Annual report on the lock hospitals of the Madras Presidency
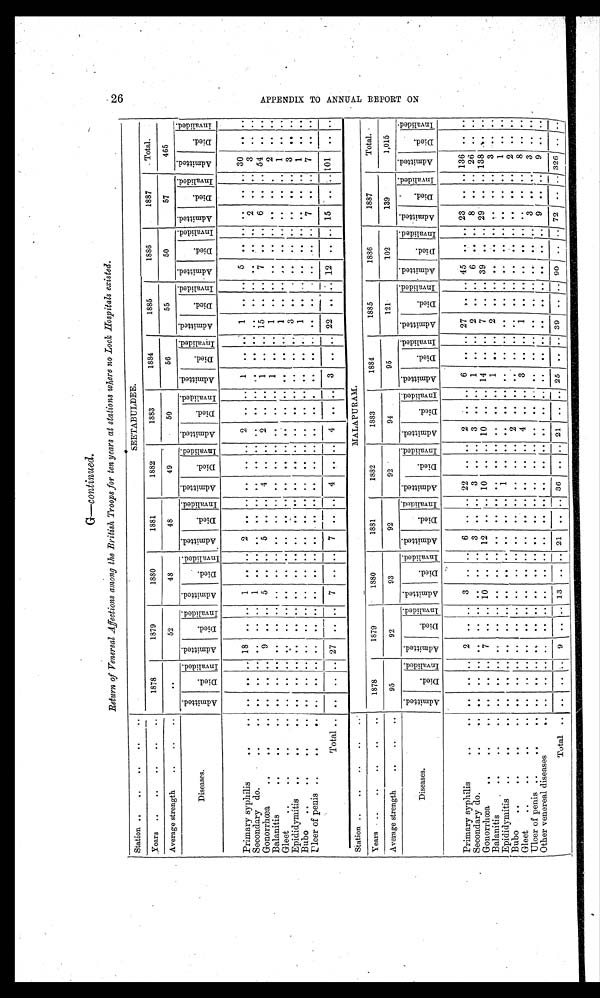
G —continued.
Return of Venereal Affections among the British Troops for ten years at stations where no Lock Hospitals existed.
Station ..
..
..
..
SEETABULDEE.
Years ..
..
. .
1878
1879
1880
1881
1882
1883
1884
1885
1886
1887
Total.
Average strength
..
..
..
. .
52
48
48
49
50
56
55
50
57
465
Diseases.
A d m i t t e d .
D i e d .
I n v a l i d e d . A d m i t t e d .
D i e d .
I n v a l i d e d .
A d m i t t e d .
D i e d .
I n v a l i d e d .
A d m i t t e d .
D i e d .
I n v a l i d e d . A d m i t t e d .
Di e d .
I nval i ed. A d m i t t e d .
D i e d .
I nva l i de d.
A d m i t t e d .
Died.
I nva l i de d. A d m i t t e d .
D i e d .
I n v a l i d e d . Admi t t e d.
D i e d .
I n v a l i d e d . Admi t t ed.
Died.
I n v a l i d e d .
A d m i t t e d .
D i e d .
I n v a l i d e d .
Primary syphilis
..
..
. .
. .
. . 18
. . ..
1 ..
. . 2 .. .. .. .. .. 2
.. ..
1 .. ..
1
. .
. . 5
. . . . .. .. .. 30
. . . .
Secondary do.
..
..
. .
. .
. . . .
. . ..
1
. .
. .
. .
. . .. ..
.. ..
. .
.. .. .. .. ..
. .
. .
. . . .
. . . . 2 .. ..
3
. . . .
Gonorrhœa
....
....
...
. .
. .
. . 9
. . ..
5 ..
. . 5
. . ..
4 .. ..
2
.. ..
1 .. .. 15
. . . . 7
. . . 6
..
..
5 4 . . . .
Balanitis
...
..
. .
. .
. . . .
. . ..
. .
. .
. .
. .
. . ..
. .
.. ..
. .
. . ..
1 .. ..
1
. .
. . ..
. .
. . .. .. ..
2
. . . .
G-leet
..
...
..
. .
. .
. . . .
. . ..
. .
. .
. .
. .
. . . ..
. .
.. ..
. .
.. ..
. . . .. ..
1 ..
. . ..
. . . . . . .. ..
1
. .
. .
Epididymitis
..
...
...
. .
. .
. . . .
. . ..
..
. .
. .
. .
. . .. . .
.. ..
. .
. . ..
. . .. ..
3
. .
.. ..
. . . . .. .. ..
3
. .
. .
Bubo
..
..
..
. .
. .
. . . .
. . ..
. .
. .
. .
. .
. . ..
. .
.. ..
. .
. . .. ..
.. ..
1 .. .. ..
. .
. . .. .. ..
1
. .
. .
U l c e r o f p e n i s
. .
. .
. .
. .
. . ..
. . ..
..
. .
. .
. . .. .. ..
.. ..
. .
. . ..
. . .. ..
. .
. . . . ..
. .
. . 7 .. ..
7
. .
. .
Total.
..
. . . .
2 7 .. .. 7
. . . . 7
. . .. 4 .. ..
4
. .
..
3 ..
..
2 2
. .
.. 12
. . . . 15 .. .. 101
. . . .
Station ..
. . . .
Years ..
..
..
..
..
1878
1879
1880
1881
1882
1883
1884
1885
1886
1887
Total.
Average strength
..
..
..
95
92
93
92
92
94
95
121
102
139
1,015
Diseases.
A d m i t t e d .
D i e d .
I n v a l i d e d . A d m i t t e d .
D i e d .
I n v a l i d e d .
A d m i t t e d .
D i e d .
I n v a l o d e d . A d mi t t e d .
D i e d .
I n v a l i d e d . A d m i t t e d .
D i e d .
I nva l i de d.
A d m i t t e d .
D i e d .
I nval i ded.
A d m i t t e d .
Died. I n v a l i d e d .
A d m i t t e d .
D i e d .
I n v a l i d e d . Admi t t e d.
D i e d .
I n v a l i d e d . A d m i t t e d .
D i e d .
I n v a l i d e d .
A d m i t t e d .
D i e d .
I n v a l i d e d .
Primary syphilis
. . ..
. .
. .
. . 2 .. .. 3 .. .. 6 .. .. 22 .. .. 2 .. .. 6 .. .. 27 .. .. 45
. .
. . 23 .. .. 136
. . . .
Secondary do...
. .
. . . .
. .
. . ..
..
. . . . 3
. . ..
3
.. ..
3
.. .. 1 .. ..
2 .. .. 6
. . . . 8 .. .. 26
. . . .
Gonorrhœa
..
..
. .
. . . . 7
. . .. 10
. .
. . 12
. . .. 10
.. .. 10
.. .. 14 .. ..
7 .. .. 39
. . . . 29 .. .. 138 .. . .
Balanitis..
. .
. . . .
. .
. . .. ..
. .
. .
. . .. ..
. . .. ..
. . .. ..
1 .. ..
2
. .
.. ..
. . . . .. .. ..
3
. . . .
Epididymitis
..
. . . .
. .
. .
. . . .
. . ..
..
. .
. . . .
. . .. 1
.. ..
. .
.. ..
. . .. ..
. .
. . .. ..
. .
. . . . .. ..
1
. . . .
Bubo
. .
. .
.
. .
. . . .
. .
. . .. ..
. . . .
. . .. ..
. . .. ..
2 .. .. .. .. ..
. . .. .. .. .. .. .. .. ..
2
. . . .
Gleet
. . . . . . ..
. .
. .
. . . .
. . ..
. .
. .
. .
. .
. . ..
. .
.. ..
4 .. ..
3 .. ..
1
. . .. .
.
. . .. .. .. ..
8 . . . .
Ulcer of penis ..
. .
.
. .
. .
. . . .
. . ..
. .
. .
. .
. .
. . ..
. .
.. ..
. .
.. ..
. . .. ..
. .
.
.
.. ..
. .
. .
3
.. ..
3 . .
. .
Other venereal diseases.
. .
. . . .
. .
. . .. ..
. .
. .
. . .. ..
.. .. .. ..
.. ..
. . .. ..
. .
. . .. ..
. .
. .
9
.. ..
9
. . . .
Total
. .
. . . . 9 .. .. 13 .. .. 21 .. .. 36 ..
. . 21
.. .. 25 .. .. 39
. . .. 90 ..
. . 72 .. .. 326 . .
. .
26 A P P E N D I X T O A N N U A L R E P O R T O N